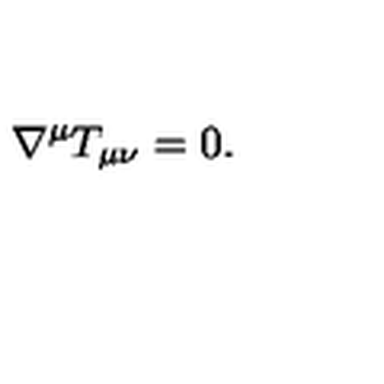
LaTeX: \nabla ^ { \mu } T _ { \mu \nu } = 0 .